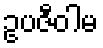
ဥပဇီဝါမ